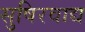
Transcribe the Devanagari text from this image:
सुषिरवाद्य